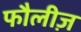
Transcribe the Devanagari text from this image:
फौलीज़